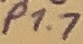
Text: P1.7